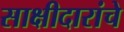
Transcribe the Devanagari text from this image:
साक्षीदारांचे